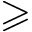
\geqslant